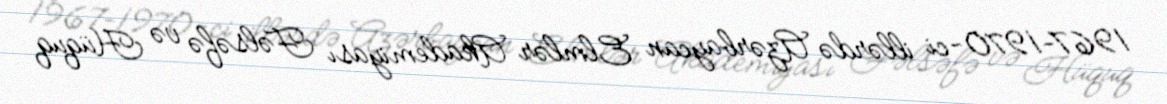
1967–1970-ci illərdə Azərbaycan Elmlər Akademiyası Fəlsəfə və Hüquq